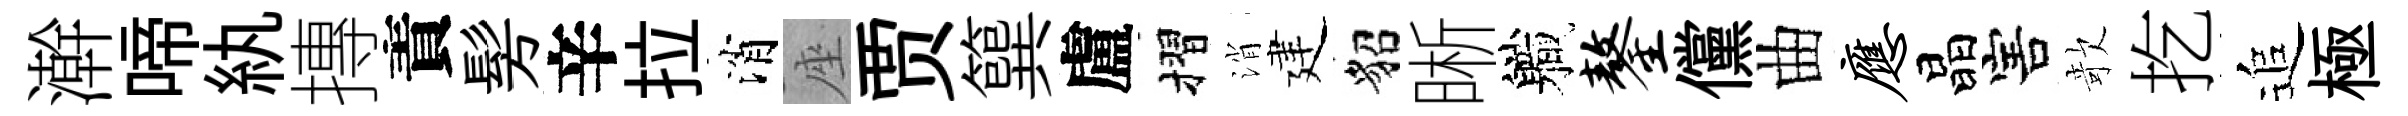
澣啼紈摶責髣辛拉消座贾簨盧摺消建貂晰軄鏊儻曲应晶害欹扢追極